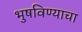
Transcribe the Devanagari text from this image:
भुषविण्याचा